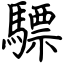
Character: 驃